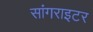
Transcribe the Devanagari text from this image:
सांगराइटर